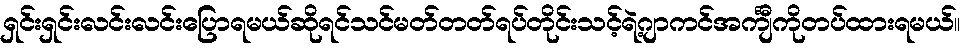
ရှင်းရှင်းလင်းလင်းပြောရမယ်ဆိုရင်သင်မတ်တတ်ရပ်တိုင်းသင့်ရဲ့ဂျာကင်အင်္ကျီကိုတပ်ထားရမယ်။